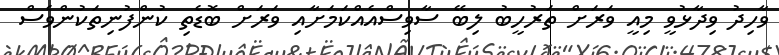
ވާހިދު ވިދާޅުވީ މިއީ ވަރަށް ތަރުހީބު ލިބޭ ސާވިސްއެއްކަމަށާއި ވަރަށް ބޮޑެތި ކުންފުނިތަކުންވެސް